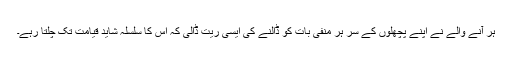
ہر آنے والے نے اپنے پچھلوں کے سر ہر منفی بات کو ڈالنے کی ایسی ریت ڈالی کہ اس کا سلسلہ شاید قیامت تک چلتا رہے۔